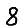
Digit: 8